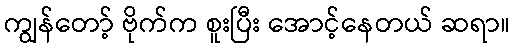
ကျွန်တော့် ဗိုက်က စူးပြီး အောင့်နေတယ် ဆရာ။